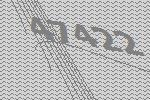
47422